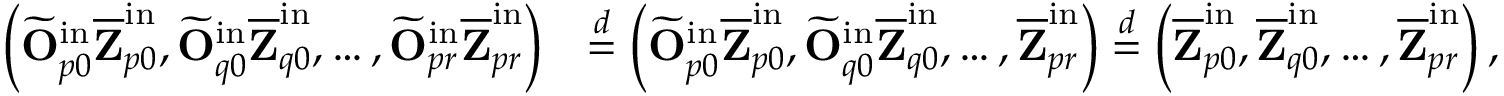
\begin{array} { r l } { \left( \widetilde { \mathbf { O } } _ { p 0 } ^ { \mathrm { i n } } \overline { { \mathbf { Z } } } _ { p 0 } ^ { \mathrm { i n } } , \widetilde { \mathbf { O } } _ { q 0 } ^ { \mathrm { i n } } \overline { { \mathbf { Z } } } _ { q 0 } ^ { \mathrm { i n } } , \ldots , \widetilde { \mathbf { O } } _ { p r } ^ { \mathrm { i n } } \overline { { \mathbf { Z } } } _ { p r } ^ { \mathrm { i n } } \right) } & { \stackrel { d } { = } \left( \widetilde { \mathbf { O } } _ { p 0 } ^ { \mathrm { i n } } \overline { { \mathbf { Z } } } _ { p 0 } ^ { \mathrm { i n } } , \widetilde { \mathbf { O } } _ { q 0 } ^ { \mathrm { i n } } \overline { { \mathbf { Z } } } _ { q 0 } ^ { \mathrm { i n } } , \ldots , \overline { { \mathbf { Z } } } _ { p r } ^ { \mathrm { i n } } \right) \stackrel { d } = \left( \overline { { \mathbf { Z } } } _ { p 0 } ^ { \mathrm { i n } } , \overline { { \mathbf { Z } } } _ { q 0 } ^ { \mathrm { i n } } , \ldots , \overline { { \mathbf { Z } } } _ { p r } ^ { \mathrm { i n } } \right) , } \end{array}